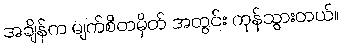
အချိန်က မျက်စိတမှိတ် အတွင်း ကုန်သွားတယ်။